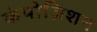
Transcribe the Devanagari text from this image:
कंपोज़िशन